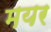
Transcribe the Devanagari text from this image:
मयर